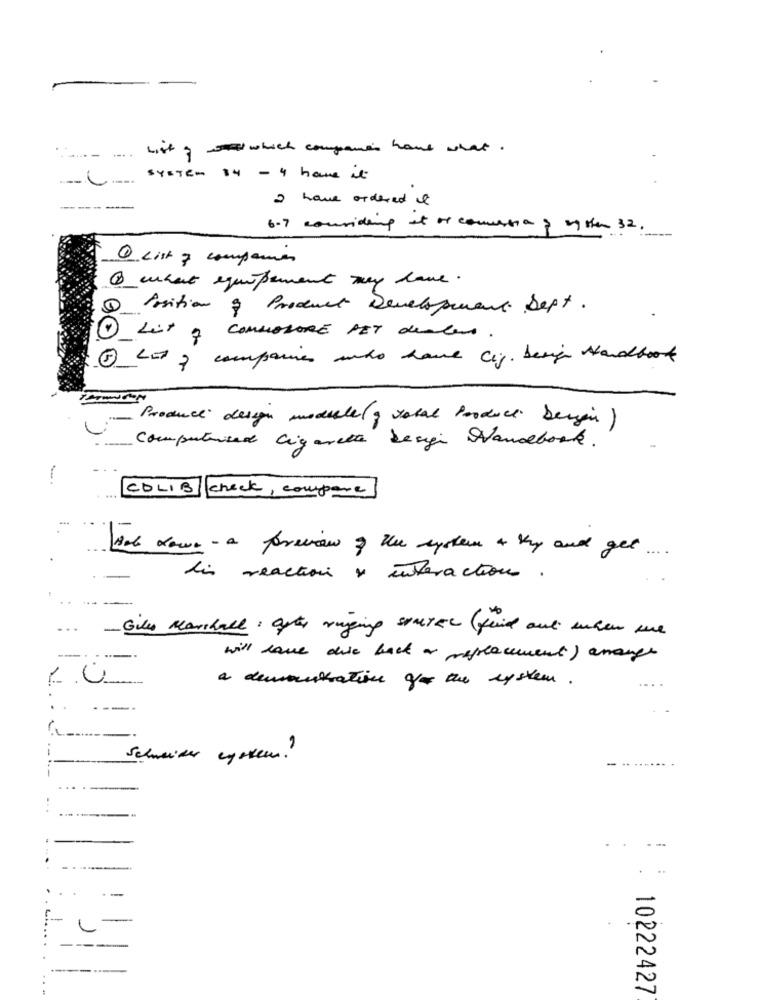
List of which companies have what.
system $4 - 4 hour it
I have ordered it
6.7 couriding at of commessa & oyster 32.
Q List 7 companies
what equipement may have.
Position of Product Development Sept.
1 Lit & COMMODORE PET dealers .
3 Lot of companies who have cij. besig Handbook
Product design modelle (g total Produce bergen)
Computunited Cigarette Design Vancebook.
-
COLIB check , compare
Wat down- a preview of the system & thy and get
....
lis reaction y interaction .
...
Giles Marshall : after rigging source (fluid aut enhen une
"-
will have die back a replacement) arrange
a demonstration for the system .
-----
-
Schweizer egekem!
-
L
10222427